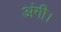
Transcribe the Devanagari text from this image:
अंगी।